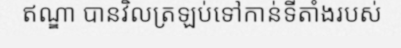
ឥណ្ឌា បានវិលត្រឡប់ទៅកាន់ទីតាំងរបស់